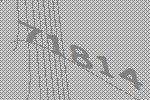
71814